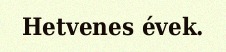
Hetvenes évek.